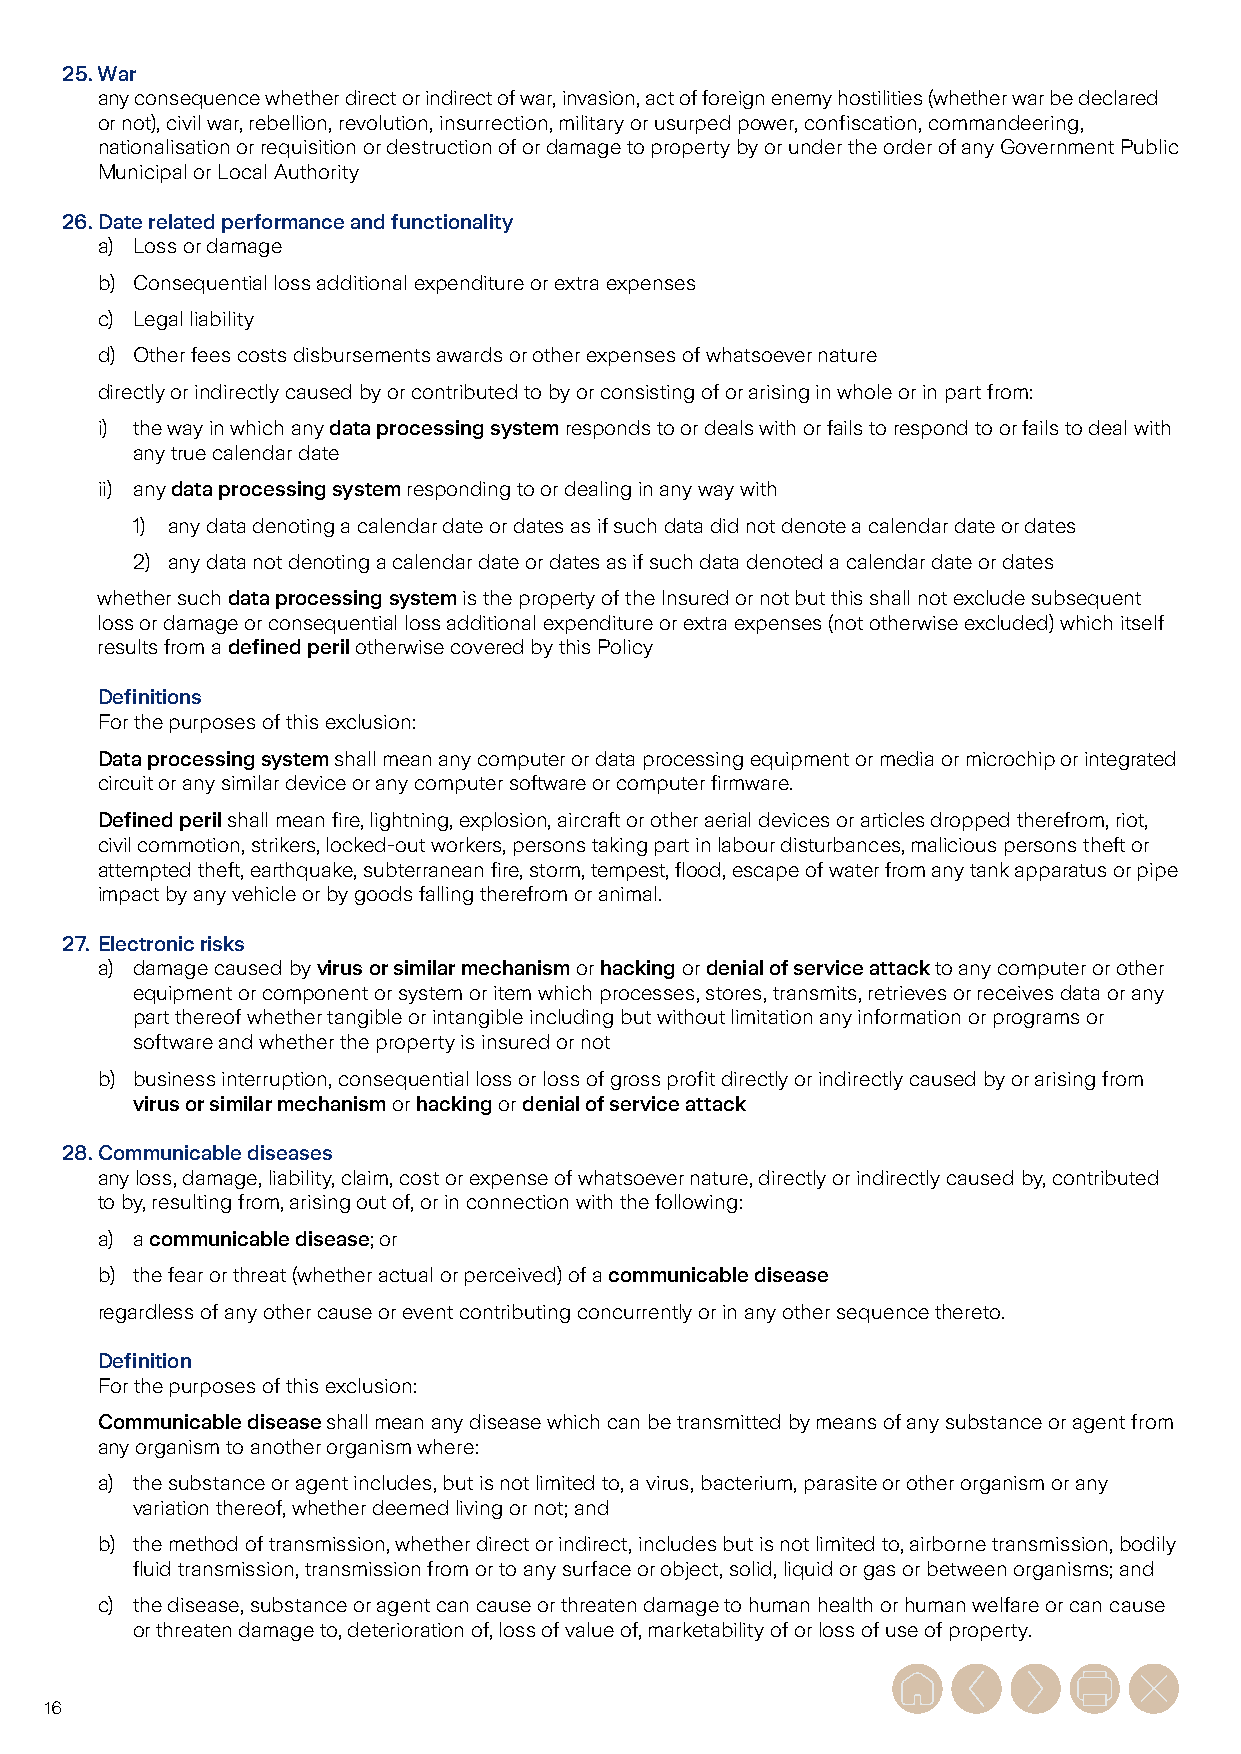
25. War
 any consequence whether direct or indirect of war, invasion, act of foreign enemy hostilities (whether war be declared
 or not), civil war, rebellion, revolution, insurrection, military or usurped power, confiscation, commandeering,
 nationalisation or requisition or destruction of or damage to property by or under the order of any Government Public
 Municipal or Local Authority
 26. Date related performance and functionality
 a) Loss or damage
 b) Consequential loss additional expenditure or extra expenses
 c) Legal liability
 d) Other fees costs disbursements awards or other expenses of whatsoever nature
 directly or indirectly caused by or contributed to by or consisting of or arising in whole or in part from:
 i) the way in which any data processing system responds to or deals with or fails to respond to or fails to deal with
 any true calendar date
 ii) any data processing system responding to or dealing in any way with
 1) any data denoting a calendar date or dates as if such data did not denote a calendar date or dates
 2) any data not denoting a calendar date or dates as if such data denoted a calendar date or dates
 whether such data processing system is the property of the Insured or not but this shall not exclude subsequent
 loss or damage or consequential loss additional expenditure or extra expenses (not otherwise excluded) which itself
 results from a defined peril otherwise covered by this Policy
 Definitions
 For the purposes of this exclusion:
 Data processing system shall mean any computer or data processing equipment or media or microchip or integrated
 circuit or any similar device or any computer software or computer firmware.
 Defined peril shall mean fire, lightning, explosion, aircraft or other aerial devices or articles dropped therefrom, riot,
 civil commotion, strikers, locked-out workers, persons taking part in labour disturbances, malicious persons theft or
 attempted theft, earthquake, subterranean fire, storm, tempest, flood, escape of water from any tank apparatus or pipe
 impact by any vehicle or by goods falling therefrom or animal.
 27. Electronic risks
 a) damage caused by virus or similar mechanism or hacking or denial of service attack to any computer or other
 equipment or component or system or item which processes, stores, transmits, retrieves or receives data or any
 part thereof whether tangible or intangible including but without limitation any information or programs or
 software and whether the property is insured or not
 b) business interruption, consequential loss or loss of gross profit directly or indirectly caused by or arising from
 virus or similar mechanism or hacking or denial of service attack
 28. Communicable diseases
 any loss, damage, liability, claim, cost or expense of whatsoever nature, directly or indirectly caused by, contributed
 to by, resulting from, arising out of, or in connection with the following:
 a) a communicable disease; or
 b) the fear or threat (whether actual or perceived) of a communicable disease
 regardless of any other cause or event contributing concurrently or in any other sequence thereto.
 Definition
 For the purposes of this exclusion:
 Communicable disease shall mean any disease which can be transmitted by means of any substance or agent from
 any organism to another organism where:
 a) the substance or agent includes, but is not limited to, a virus, bacterium, parasite or other organism or any
 variation thereof, whether deemed living or not; and
 b) the method of transmission, whether direct or indirect, includes but is not limited to, airborne transmission, bodily
 fluid transmission, transmission from or to any surface or object, solid, liquid or gas or between organisms; and
 c) the disease, substance or agent can cause or threaten damage to human health or human welfare or can cause
 or threaten damage to, deterioration of, loss of value of, marketability of or loss of use of property.
 16